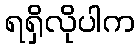
ရရှိလိုပါက